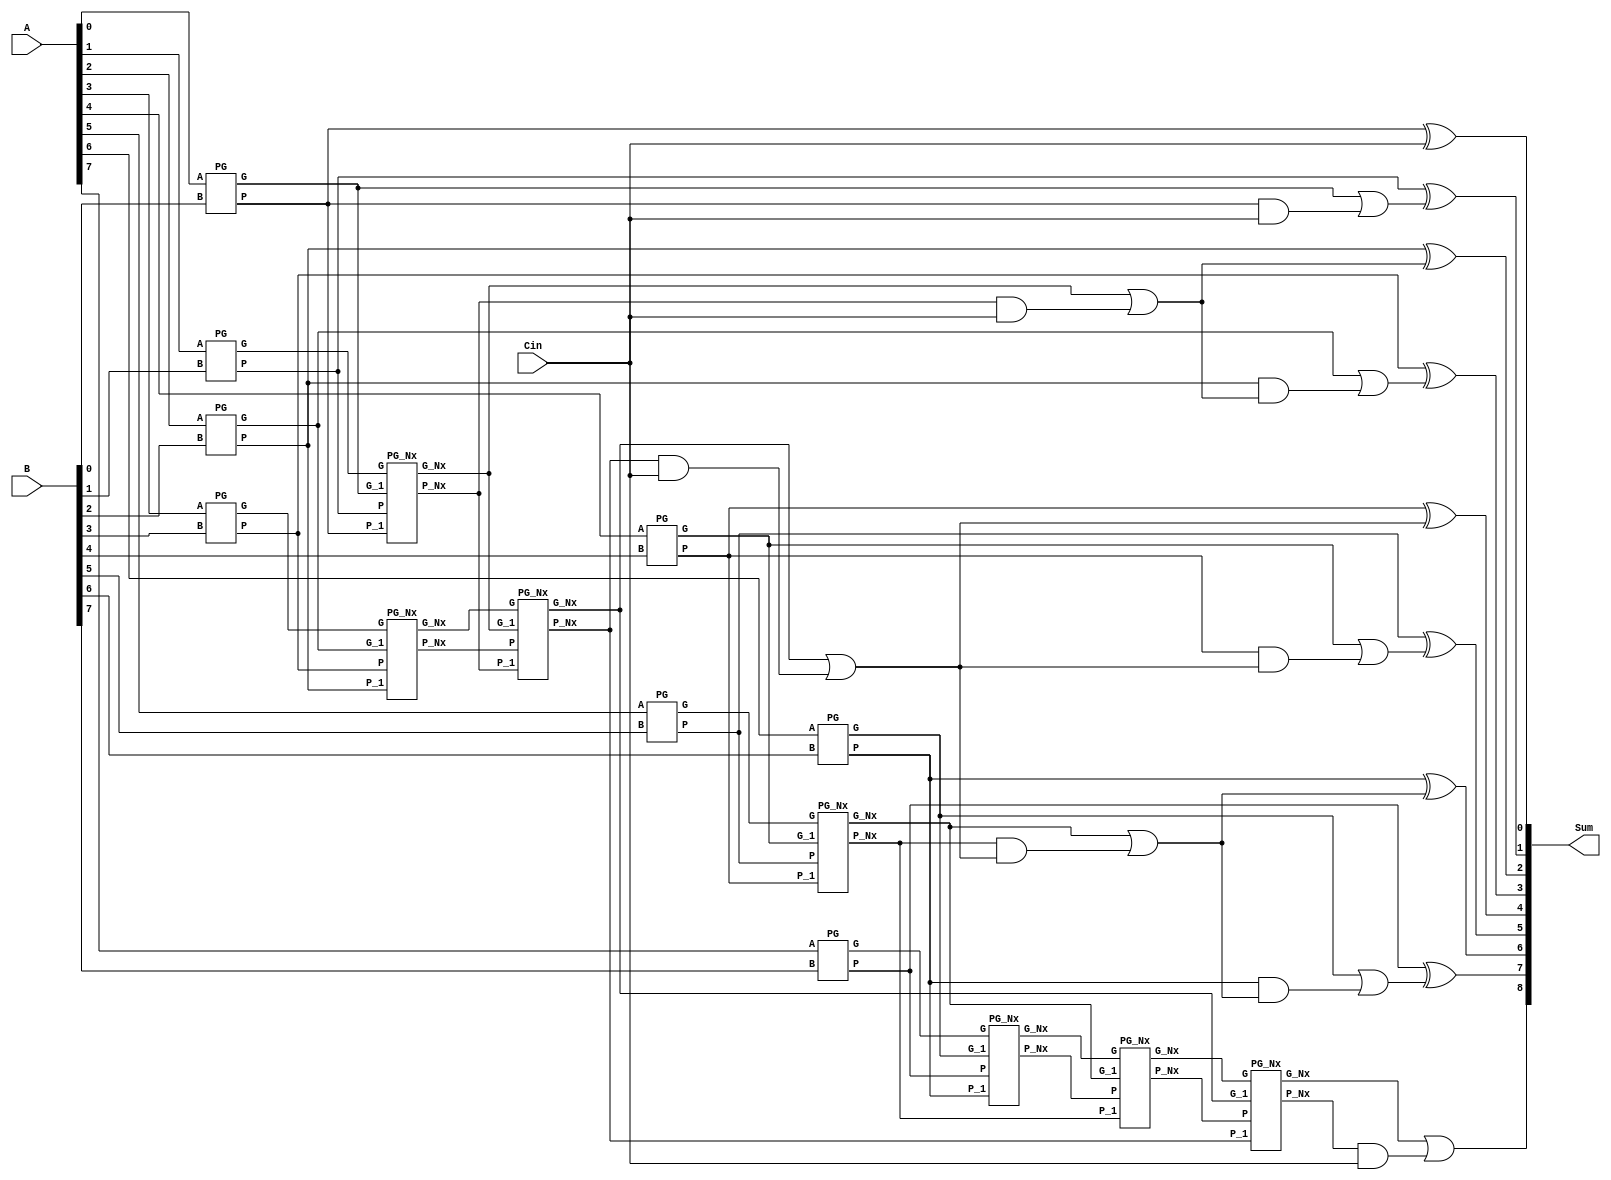
// 8-bit Brent Kung

module Brent (A,B,Cin,Sum);

parameter N = 8;

input [N-1:0] A, B;
input Cin;

output [N:0] Sum;

//output [N-1] Sum;
//output Cout;

wire  P[4:1][N-1:0];  // [no of stages]  [no of bits]
wire	G[4:1][N-1:0];

wire	[N:0] C;
wire	[N-1:0] S;



// Stage 1

genvar i;

generate
	for(i=0; i<N; i=i+1) begin : stage1
		PG I1 (A[i], B[i], P[1][i],G[1][i]);
	end
endgenerate


//PG I0 (A[0], B[0], P[1][0],G[1][0]);
//PG I1 (A[1], B[1], P[1][1],G[1][1]);
//PG I2 (A[2], B[2], P[1][2],G[1][2]);
//PG I3 (A[3], B[3], P[1][3],G[1][3]);



// Stage 2

genvar j;

generate
	for(j=0; j<(N/2); j=j+1) begin : stage2
		PG_Nx I2 (G[1][2*j+1], P[1][2*j+1], G[1][2*j], P[1][2*j], G[2][j], P[2][j]);
	end
endgenerate


//PG_Nx I4 (G[1][1], P[1][1], G[1][0], P[1][0], G[2][0], P[2][0]);
//PG_Nx I5 (G[1][3], P[1][3], G[1][2], P[1][2], G[2][1], P[2][1]);


// Stage 3

genvar k;

generate
	for(k=0; k<(N/4); k=k+1) begin : stage3
		PG_Nx I3 (G[2][2*k+1], P[2][2*k+1], G[2][2*k], P[2][2*k], G[3][k], P[3][k]);
	end
endgenerate


//PG_Nx I6 (G[2][1], P[2][1], G[2][0], P[2][0], G[3][0], P[3][0]);



// Stage 4

genvar l;

generate
	for(l=0; l<(N/8); l=l+1) begin : stage4
		PG_Nx I4 (G[3][2*l+1], P[3][2*l+1], G[3][2*l], P[3][2*l], G[4][l], P[4][l]);
	end
endgenerate



// Stage 5
//
//genvar m;
//
//generate
//	for(m=0; m<2; m=m+1) begin : stage5
//		PG_Nx I5 (G[4][2*m+1], P[4][2*m+1], G[4][2*m], P[4][2*m], G[5][m], P[5][m]);
//	end
//endgenerate
//
//
//
//// Stage 6
//
//PG_Nx I6 (G[5][1], P[5][1], G[5][0], P[5][0], G[6][0], P[6][0]);


// Carry Calculation

assign C[0]  = Cin;

// From the last block of every stage
assign C[1]  = G[1][0] | (P[1][0] & C[0]);
assign C[2]  = G[2][0] | (P[2][0] & C[0]);
assign C[4]  = G[3][0] | (P[3][0] & C[0]);
assign C[8]  = G[4][0] | (P[4][0] & C[0]);

// From the above values and 1st Stage
assign C[ 3] = G[1][2]  | (P[1][2]  & C[2]);
assign C[ 5] = G[1][4]  | (P[1][4]  & C[4]);

// From Stage 2

assign C[ 6] = G[2][2] | (P[2][2] & C[4]);	// [Stage] [Block]



// Stage 3
// assign C[ 7] = G[3][0] | (P[3][0] & C[4]);	// Doubt cleared (See diagram)
//assign C[ 7] = G[2][3] | (P[2][3] & C[6]);
assign C[ 7] = G[1][6] | (P[1][6] & C[6]);

// Sum Calculation

//assign S[] = P[1][] ^ C[];



genvar n;

generate
	for(n=0; n<N; n=n+1) begin : sum
		assign S[n] = P[1][n] ^ C[n];
	end
endgenerate


assign Sum = {C[N],S};
//assign Cout = C[4];

endmodule




module PG_Nx (G, P, G_1, P_1, G_Nx, P_Nx);	// G_i, P_i, G_{i-1}, P_{i-1}, G_{i}{i-1}, P_{i}{i-1}
input G, P, G_1, P_1;
output reg G_Nx, P_Nx;

always @(*)
begin

	G_Nx = G | (P & G_1);
	P_Nx = P & P_1;
end

endmodule



module PG (A, B, P, G);
input A, B;
output reg P, G;

always @(*)
begin

	P = A ^ B;
	G = A & B;
end

endmodule